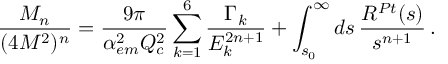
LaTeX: \frac { { \cal M } _ { n } } { ( 4 M ^ { 2 } ) ^ { n } } = \frac { 9 \pi } { \alpha _ { e m } ^ { 2 } Q _ { c } ^ { 2 } } \sum _ { k = 1 } ^ { 6 } \frac { \Gamma _ { k } } { E _ { k } ^ { 2 n + 1 } } + \int _ { s _ { 0 } } ^ { \infty } d s \, \frac { R ^ { P t } ( s ) } { s ^ { n + 1 } } \, .